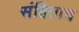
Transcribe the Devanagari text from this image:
संहिताच